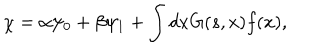
\chi = \alpha \psi _ { 0 } + \beta \psi _ { 1 } + \int d x G ( s , x ) f ( x ) ,